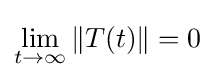
\lim _{t\to \infty }\|T(t)\|=0